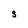
Character: S